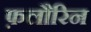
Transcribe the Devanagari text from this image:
फ़लौरिन